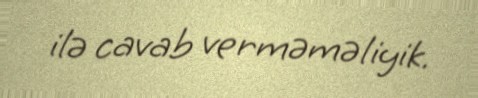
ilə cavab verməməliyik.